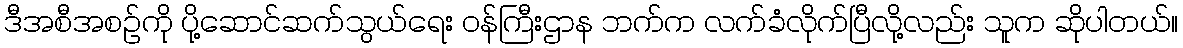
ဒီအစီအစဉ်ကို ပို့ဆောင်ဆက်သွယ်ရေး ဝန်ကြီးဌာန ဘက်က လက်ခံလိုက်ပြီလို့လည်း သူက ဆိုပါတယ်။